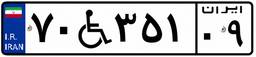
۱۳W۰۰۰۹۳